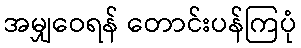
အမျှဝေရန် တောင်းပန်ကြပုံ